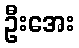
ဦးအေး